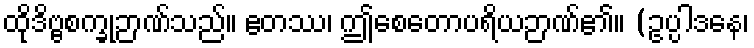
ထိုဒိဗ္ဗစက္ခုဉာဏ်သည်။ ဧတဿ၊ ဤစေတောပရိယဉာဏ်၏။ (ဥပ္ပါဒနေ၊